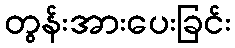
တွန်းအားပေးခြင်း